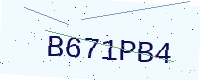
Text: B671PB4